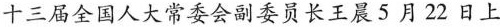
十三届全国人大常委会副委员长王晨5月22日上